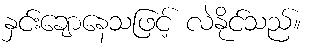
နှင်းချောနေသဖြင့် လဲနိုင်သည်။